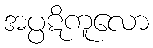
အပ္ပဋိကူလော